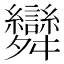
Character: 𮎂